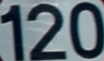
120